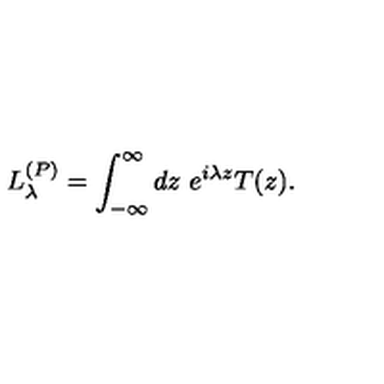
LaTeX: L _ { \lambda } ^ { ( P ) } = \int _ { - \infty } ^ { \infty } d z \ e ^ { i \lambda z } T ( z ) .